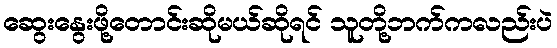
ဆွေးနွေးဖို့တောင်းဆိုမယ်ဆိုရင် သူတို့ဘက်ကလည်းပဲ